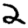
Digit: 2